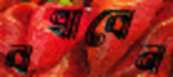
বখাবেন